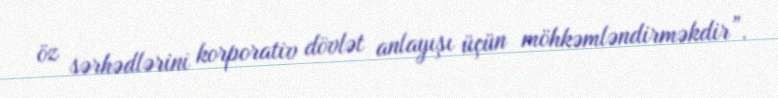
öz sərhədlərini korporativ dövlət anlayışı üçün möhkəmləndirməkdir”.